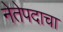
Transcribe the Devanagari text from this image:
नेतेपदाचा